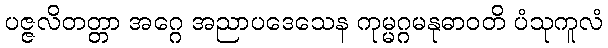
ပဇ္ဇလိတတ္တာ အဂ္ဂေ အညာပဒေသေန ကုမ္မဂ္ဂမနုဓာဝတိ ပံသုကူလံ